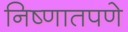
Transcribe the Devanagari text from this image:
निष्णातपणे